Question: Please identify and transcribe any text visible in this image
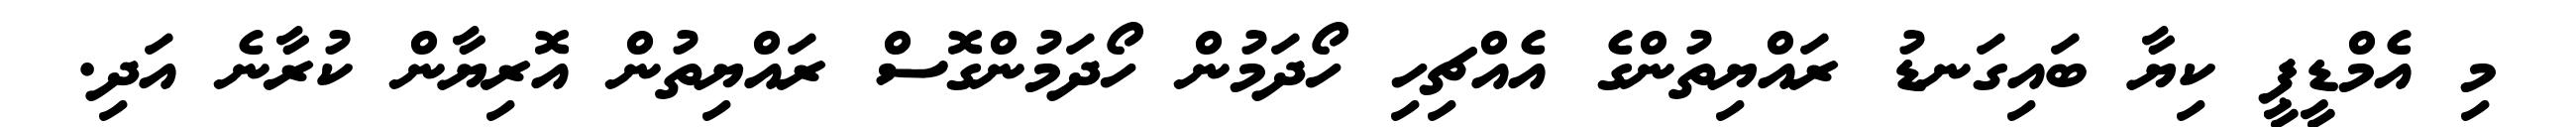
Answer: މި އެމްޑީޕީ ކިޔާ ބައިގަނޑު ރައްޔިތުންގެ އެއްޗިހި ހޯދަމުން ހޯދަމުންގޮސް ރައްޔިތުން އޮރިޔާން ކުރާނެ އަދި.